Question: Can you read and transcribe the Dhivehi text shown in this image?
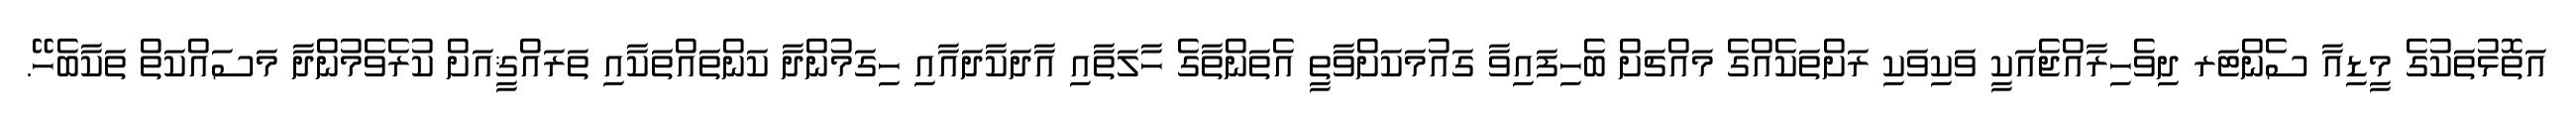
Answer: އަތޮޅުތަކުގެ މީޑިއާ ސެންޓަރ ދިވެހިރާއްޖެއަކީ ވަކިވަކި ރަށްތަކެއްގެ މައްޗަށް ބެހިފައިވާ ގައުމަކަށްވާތީ އެތަންތާގެ ހާލަތާއި އާދަކާދައާއި ހިގަމުންދާ ކަންތައްތަކާއި ތަރައްޤީއަށް ކުރެވެމުންދާ މަސައްކަތް ތަކާބެހޭ.